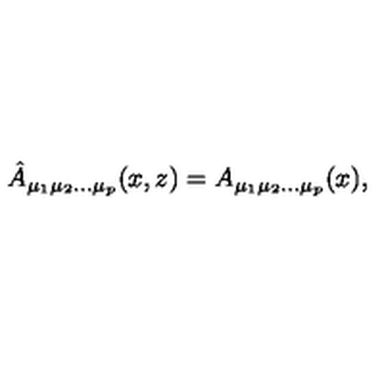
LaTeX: \hat { A } _ { \mu _ { 1 } \mu _ { 2 } \ldots \mu _ { p } } ( x , z ) = A _ { \mu _ { 1 } \mu _ { 2 } \ldots \mu _ { p } } ( x ) ,